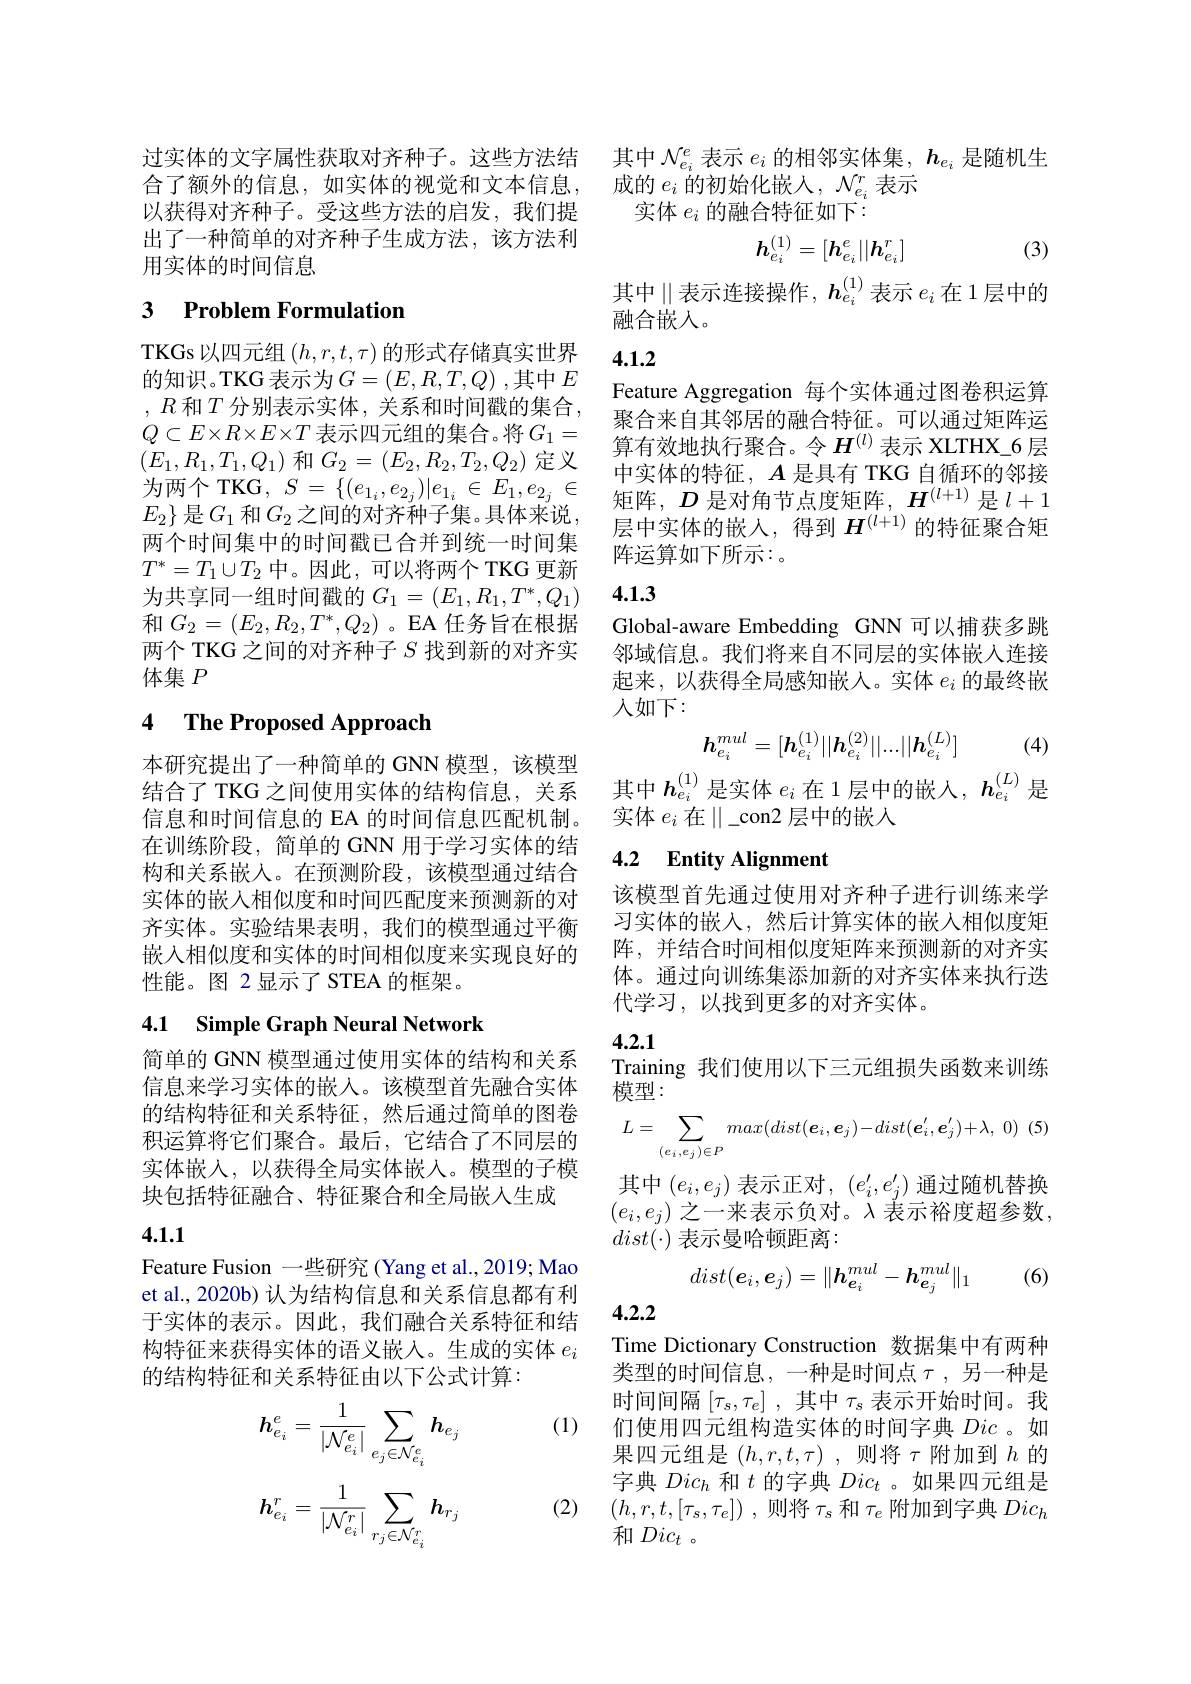
以获得对齐种子。受这些方法的启发，我们提出了一种简单的对齐种子生成方法，该方法利用实体的时间信息

## 3 Problem Formulation

TKGs 以四元组$(h,r,t,\tau)$的形式存储真实世界的知识。TKG 表示为$G=(E,R,T,Q)$ ,其中 $E$ , $R$ 和$T$ 分别表示实体，关系和时间戳的集合， $Q\subset E\times R\times E\times T$ 表示四元组的集合。将$G_1=$ $\left(E_{1},R_{1},T_{1},Q_{1}\right)$和$G_2=\left(E_{2},R_{2},T_{2},Q_{2}\right)$定义为两个 TKG, $S=\{(e_{1_i},e_{2_j})|e_{1_i}\in E_{1},e_{2_j}\in$ $E_{2}\}$ 是$G_1$ 和$G_2\hat{\text{之间的对齐种子集。具体来说}}$ 两个时间集中的时间戳已合并到统一时间集$T^*=T_1\cup T_2$中。因此，可以将两个 TKG 更新为共享同一组时间戳的$G_1=(E_1,R_1,T^*,Q_1)$ 和$G_2=(E_2,R_2,T^*,Q_2)$ 。EA 任务旨在根据两个 TKG 之间的对齐种子$S$找到新的对齐实体集$P$

### 4 $\textbf{The Proposed Approach}$

本研究提出了一种简单的 GNN 模型，该模型结合了 TKG 之间使用实体的结构信息，关系信息和时间信息的 EA 的时间信息匹配机制。在训练阶段，简单的 GNN 用于学习实体的结构和关系嵌入。在预测阶段，该模型通过结合实体的嵌入相似度和时间匹配度来预测新的对齐实体。实验结果表明，我们的模型通过平衡嵌入相似度和实体的时间相似度来实现良好的性能。图 2显示了 STEA 的框架。

## 4.1 Simple Graph Neural Network

简单的 GNN 模型通过使用实体的结构和关系信息来学习实体的嵌入。该模型首先融合实体的结构特征和关系特征，然后通过简单的图卷积运算将它们聚合。最后，它结合了不同层的实体嵌入，以获得全局实体嵌入。模型的子模块包括特征融合、特征聚合和全局嵌入生成

## 4.1.1

Feature Fusion 一些研究 (Yang et al.,2019; Mao et al., 2020b) 认为结构信息和关系信息都有利于实体的表示。因此，我们融合关系特征和结构特征来获得实体的语义嵌入。生成的实体$e_i$ 的结构特征和关系特征由以下公式计算：

(1)
$$h_{e_{i}}^{e}=\frac{1}{|\mathcal{N}_{e_{i}}^{e}|}\sum_{e_{j}\in\mathcal{N}_{e_{i}}^{e}}h_{e_{j}}\\h_{e_{i}}^{r}=\frac{1}{|\mathcal{N}_{e_{i}}^{r}|}\sum_{r_{j}\in\mathcal{N}_{e_{i}}^{r}}h_{r_{j}}$$
(2)

过实体的文字属性获取对齐种子。这些方法结 其中$\mathcal{N}_{e_i}^e$表示$e_i$的相邻实体集，$\boldsymbol h_{e_i}$是随机生
合了额外的信息，如实体的视觉和文本信息，成的$e_i$的初始化嵌人，$\mathcal{N}_e_i^r$表示
实体$e_i$的融合特征如下：
$$h_{e_i}^{(1)}=[h_{e_i}^e||h_{e_i}^r]$$
(3)

其中$\parallel$表示连接操作，$\boldsymbol h_{e_i}^{(1)}$表示 $e_i$ 在 1层中的
融合嵌人。

## 4.1.2

Feature Aggregation 每个实体通过图卷积运算聚合来自其邻居的融合特征。可以通过矩阵运算有效地执行聚合。令$H^{(l)}$表示 XLTHX\_6 层中实体的特征，$A$是具有 TKG 自循环的邻接矩阵，$D$是对角节点度矩阵，$H^(l+1)$是$l+1$ 层中实体的嵌入，得到$\boldsymbol H^{(l+1)}$的特征聚合矩阵运算如下所示：。

### 4.1.3

Global-aware Embedding GNN 可以捕获多跳邻域信息。我们将来自不同层的实体嵌入连接起来，以获得全局感知嵌入。实体$e_i$的最终嵌人如下：
$$h_{e_i}^{mul}=[h_{e_i}^{(1)}||h_{e_i}^{(2)}||...||h_{e_i}^{(L)}]$$
(4)

其中$h_{e_i}^{(1)}$是实体$e_i$在 1 层中的嵌人，$h_{e_i}^{(L)}$是
实体 $e_i$ 在$\|\_$con2 层中的嵌入

## 4.2 Entity Alignment

该模型首先通过使用对齐种子进行训练来学习实体的嵌入，然后计算实体的嵌人相似度矩阵，并结合时间相似度矩阵来预测新的对齐实体。通过向训练集添加新的对齐实体来执行迭代学习，以找到更多的对齐实体。

4.2.1

Training 我们使用以下三元组损失函数来训练
模型：
$$L=\sum\limits_{(e_i,e_j)\in P}max(dist(\boldsymbol{e}_i,\boldsymbol{e}_j)-dist(\boldsymbol{e}_i',\boldsymbol{e}_j')+\lambda,\:0)\:(5)$$
其中$\left(e_i,e_j\right)$表示正对$,\left(e_i^{\prime},e_j^{\prime}\right)$通过随机替换$(e_i,e_j)$ 之一来表示负对。$\lambda$ 表示裕度超参数， $dist(\cdot)$表示曼哈顿距离：

(6)
$$dist(\boldsymbol{e}_i,\boldsymbol{e}_j)=\|h_{\boldsymbol{e}_i}^{mul}-h_{\boldsymbol{e}_j}^{mul}\|_1$$
4.2.2

Time Dictionary Construction 数据集中有两种类型的时间信息，一种是时间点$\tau$ ,另一种是时间间隔$\left[\tau_s,\tau_e\right]$,其中$\tau_s$ 表示开始时间。我们使用四元组构造实体的时间字典Dic 。如果四元组是$(h,r,t,\tau)$ ,则将$\tau$附加到$h$的字典$Dic_h$和$t$的字典$Dic_t$ 。如果四元组是$( h, r, t, [ \tau _{s}, \tau _{e}] )$ ,则将$\tau_{s}$和$\tau_{e}$附加到字典$Dic_{h}$ 和$Dic_t$ 。